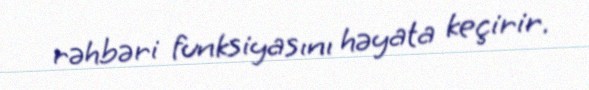
rəhbəri funksiyasını həyata keçirir.